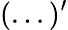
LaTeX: (...)^{\prime}